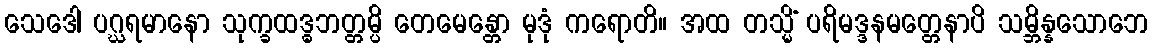
သေဒေါ ပဂ္ဃရမာနော သုက္ခထဒ္ဓဘတ္တမ္ပိ တေမေန္တော မုဒုံ ကရောတိ။ အထ တသ္မိံ ပရိမဒ္ဒနမတ္တေနာပိ သမ္ဘိန္နသောဘေ